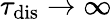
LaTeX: \tau_{\mathrm{{dis}}}\rightarrow\infty